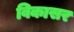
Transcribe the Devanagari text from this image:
विकासर